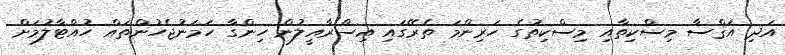
އަދި އަޤްސާ މިސްކިތާއި މިސްކިތުގެ ހަރިންމަ ތެރޭގައި އިސްރާއީލުން ހިންގާ ހަމަނުޖެހުންތައް ހުއްޓާލުމަށް